Vabadussoja_Ajaloo_Komitee, lk 5
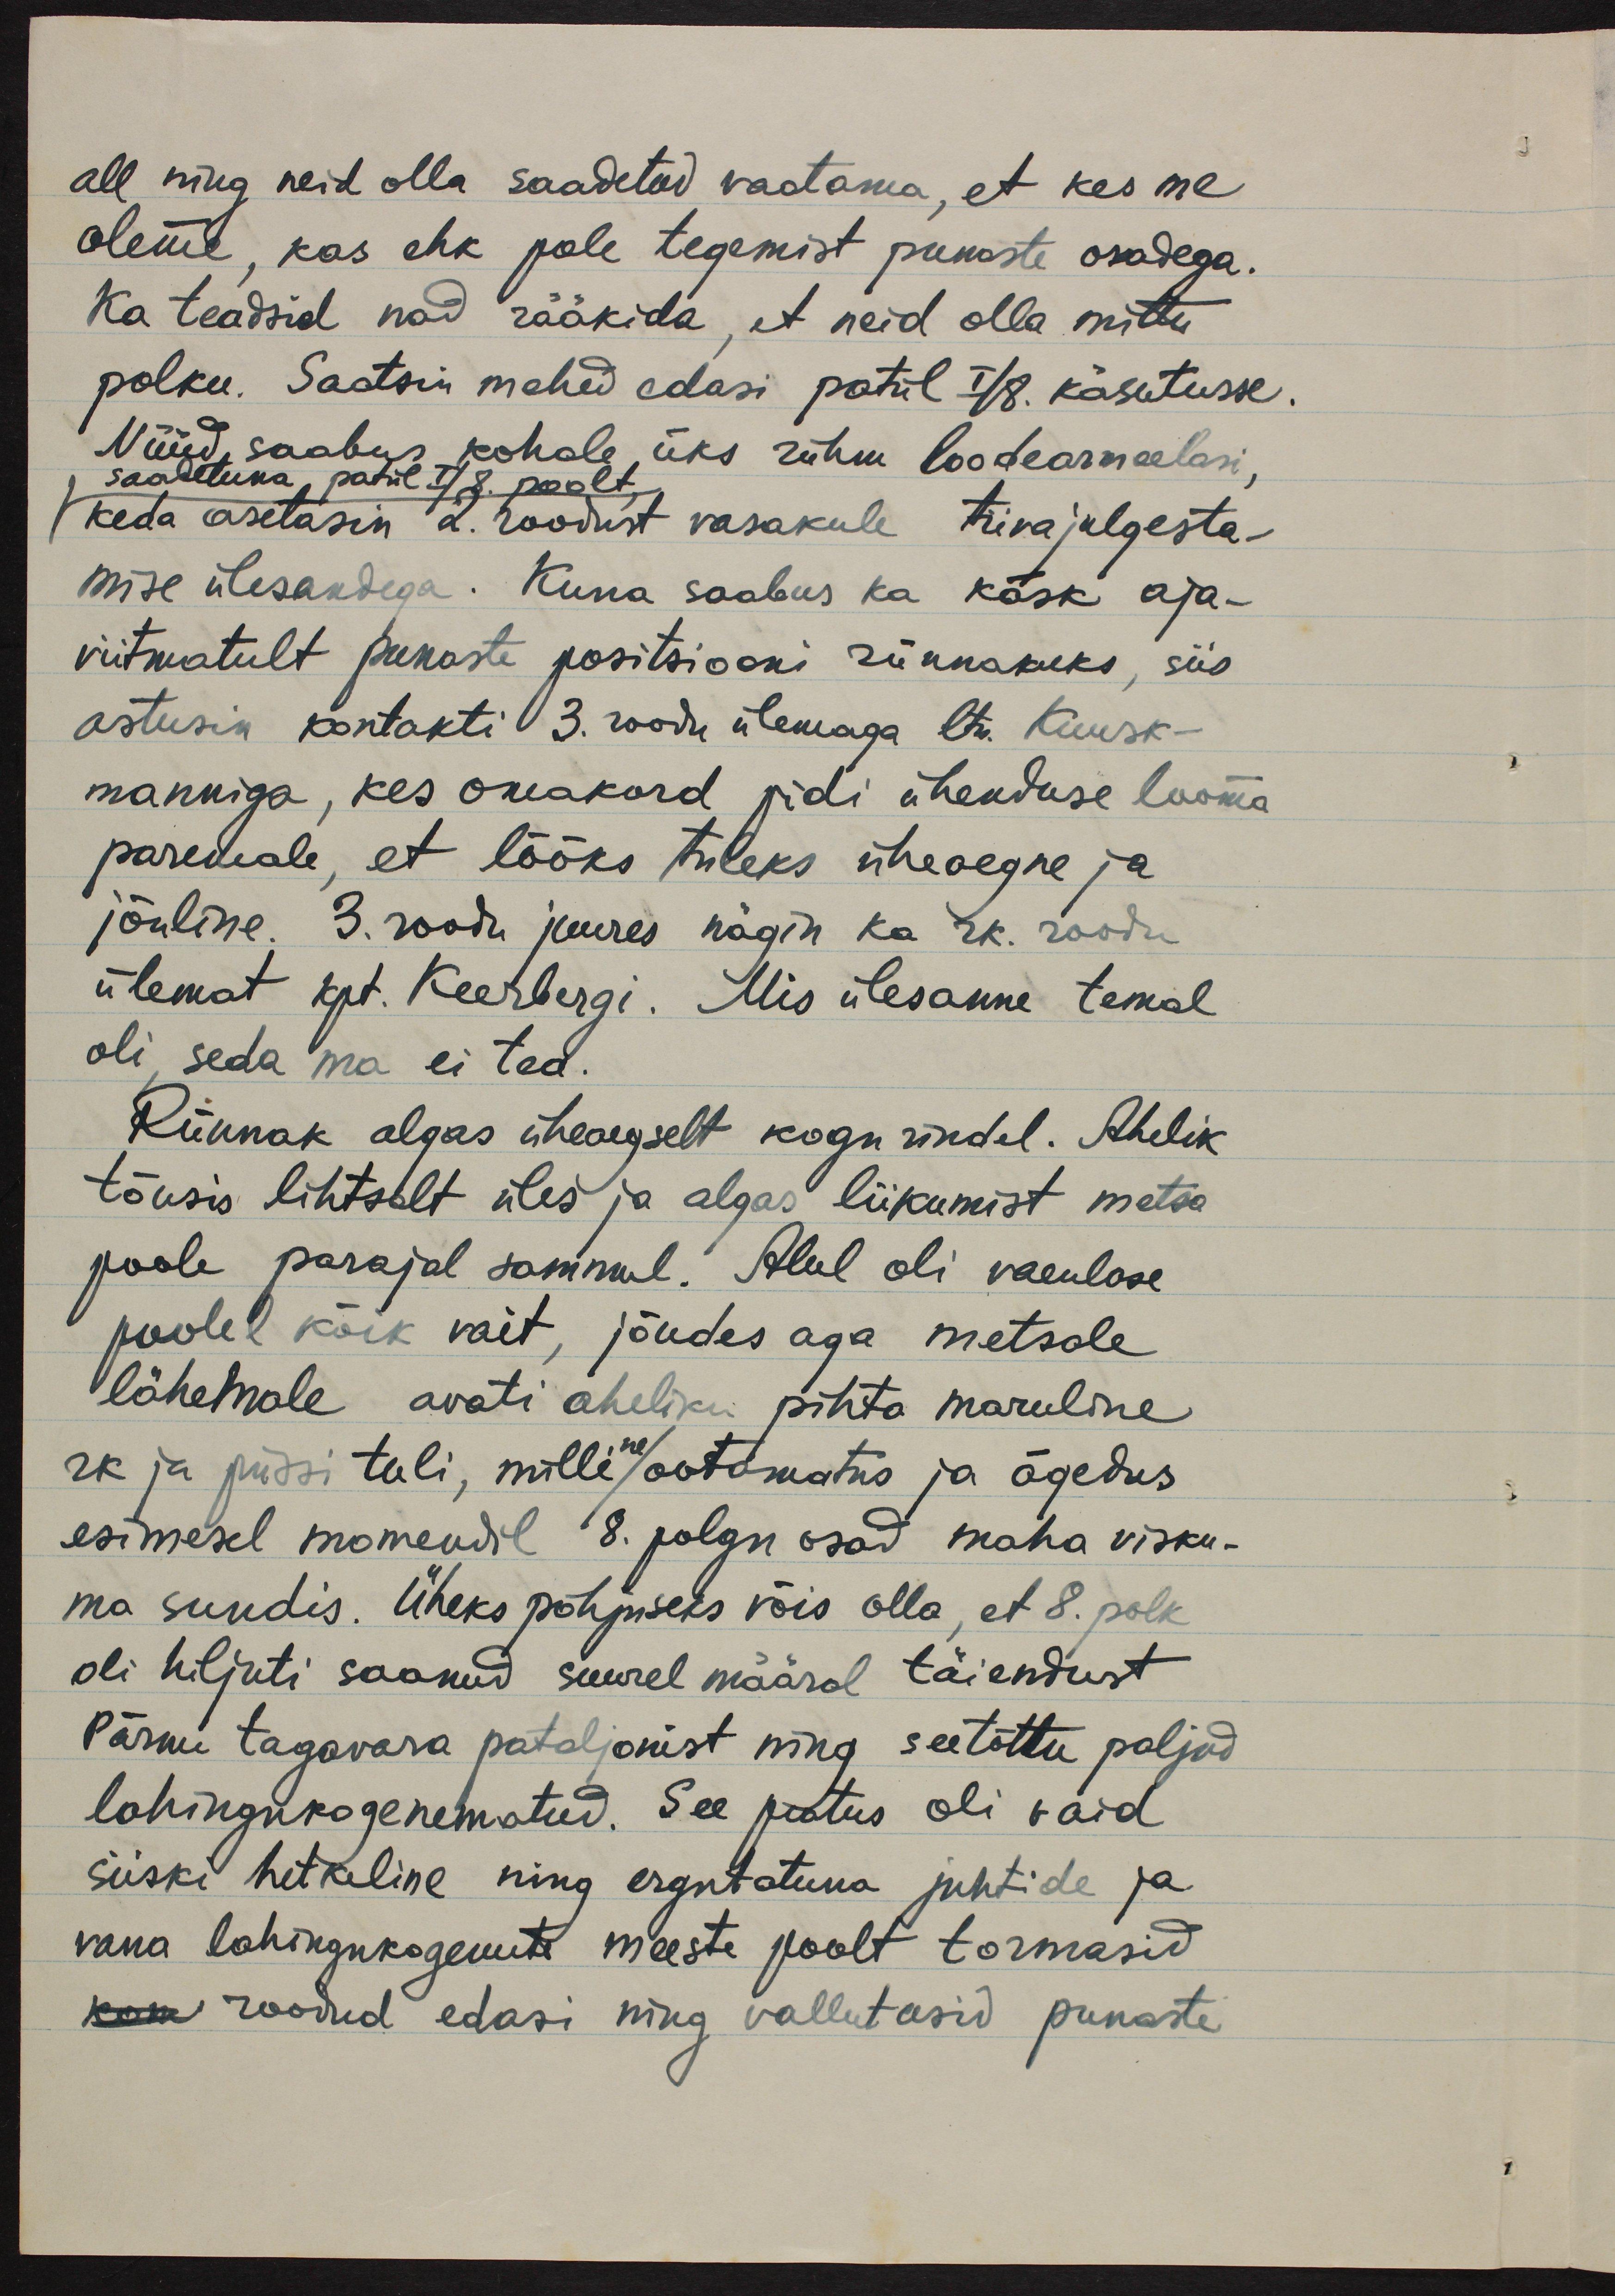
all ning neid olla saadetud vaatama, et kes me
oleme, kas ehk pole tegemist punaste osadega.
Ka teadsid nad rääkida, et neid olla mittu
polku. Saatsin mehed edasi patül I/8. käsutusse.
Nüüd saabus kohale üks rühm loodearmeelasi,
saadetuna patül I/8. poolt,
keda asetasin 2. roodust vasakule tiivajulgesta-
mise ülesandega. Kuna saabus ka käsk aja-
viitmatult punaste positsiooni rünnakuks, siis
astusin kontakti 3. roodu ülemaga ltn. Kuusk-
manniga, kes omakord pidi ühenduse looma
paremale, et lööks tuleks üheaegne ja
jõuline. 3. roodu juures nägin ka rk. roodu
ülemat kpt. Keerbergi. Mis ülesanne temal
oli, seda ma ei tea.
Rünnak algas üheaegselt kogu rindel. Ahelik
tõusis lihtsalt üles ja algas liikumist metsa
poole parajal sammul. Alul oli vaenlase
poolel kõik vait, jõudes aga metsale
lähemale avati aheliku pihta maruline
rk ja püssi tuli, milline ootamatus ja ägedus
esimesel momendil 8. polgu osad maha visku-
ma sundis. Üheks põhjuseks võis olla, et 8. polk
oli hiljuti saanud suurel määral täiendust
Pärnu tagavara pataljonist ning seetõttu paljud
lahingukogenematud. See peatus oli vaid
siiski hetkeline ning ergutatuna juhtide ja
vana lahingukogenute meeste poolt tormasid
kone roodud edasi ning vallutasid punaste